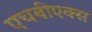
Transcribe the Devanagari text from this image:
एचबीएक्स